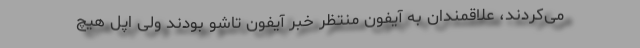
می‌کردند، علاقمندان به آیفون منتظر خبر آیفون تاشو بودند ولی اپل هیچ